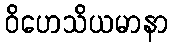
ဝိဟေသိယမာနာ